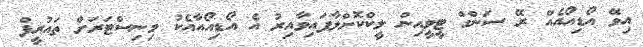
އިވޭ އޯޑިއޯއެއް ރޭ ސަންގް ޓީވީއިން ލީކްކޮށްލާފައިވާއިރު އެ އޯޑިއޯއާއެކު މިނިސްޓަރަށް ތައުރީފް